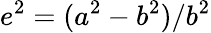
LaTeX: e^{2}=(a^{2}-b^{2})/b^{2}